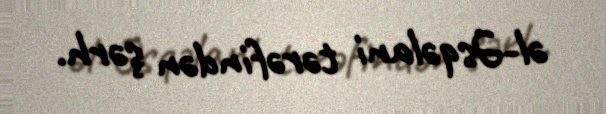
əl-Əsqəlani tərəfindən şərh.